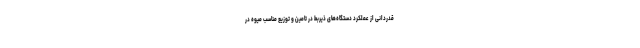
قدردانی از عملکرد دستگاه‌های ذیربط در تامین و توزیع مناسب میوه در